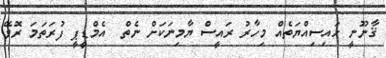
ޤާނޫނީ ހައިސިއްޔަތެއް މިހާރު ރައީސް ޔާމިނަކަށް ނެތް  އެމްޑީޕީ ފުރަތަމަ ރޮވޭ